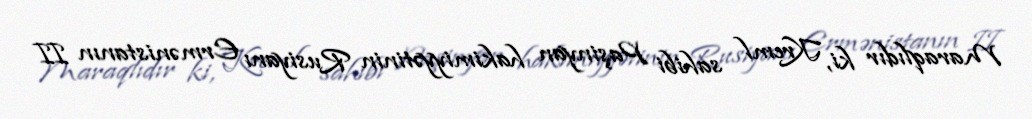
Maraqlıdır ki, Kreml sahibi Paşinyan hakimiyyətinin Rusiyanı Ermənistanın II